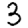
Digit: 3